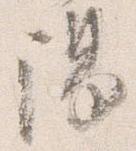
陽